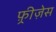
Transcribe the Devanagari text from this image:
फ़्रीज़ेस